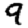
Digit: 9